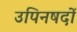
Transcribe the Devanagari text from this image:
उपिनषदों